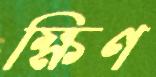
ক্ষিণ